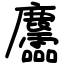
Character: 麢